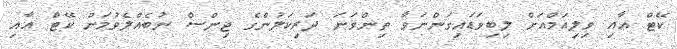
ކޭޓް އާއި ވިލިއަމްއަށް ލިބިވަޑައިގަންނަވާ ތިންވަނަ ދަރިކަލުންގެ ޖިންސް ނުބެއްލެވުމަށް ކޭޓް އާއި